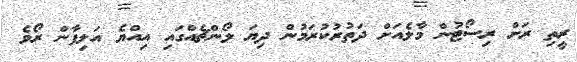
ރީތި ރަށް ރިސޯޓުން މާލެއަށް ދަތުރުކުރަމުން ދިޔަ ލޯންޗެއްގައި އިއްޔެ އަލިފާން ރޯވެ